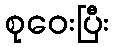
စုဝေးပြီး